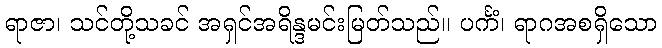
ရာဇာ၊ သင်တို့သခင် အရှင်အရိန္ဒမင်းမြတ်သည်။ ပင်္ကံ၊ ရာဂအစရှိသော